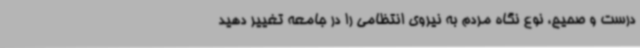
درست و صحیح، نوع نگاه مردم به نیروی انتظامی را در جامعه تغییر دهید